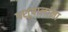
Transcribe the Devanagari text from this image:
पशूपालांना